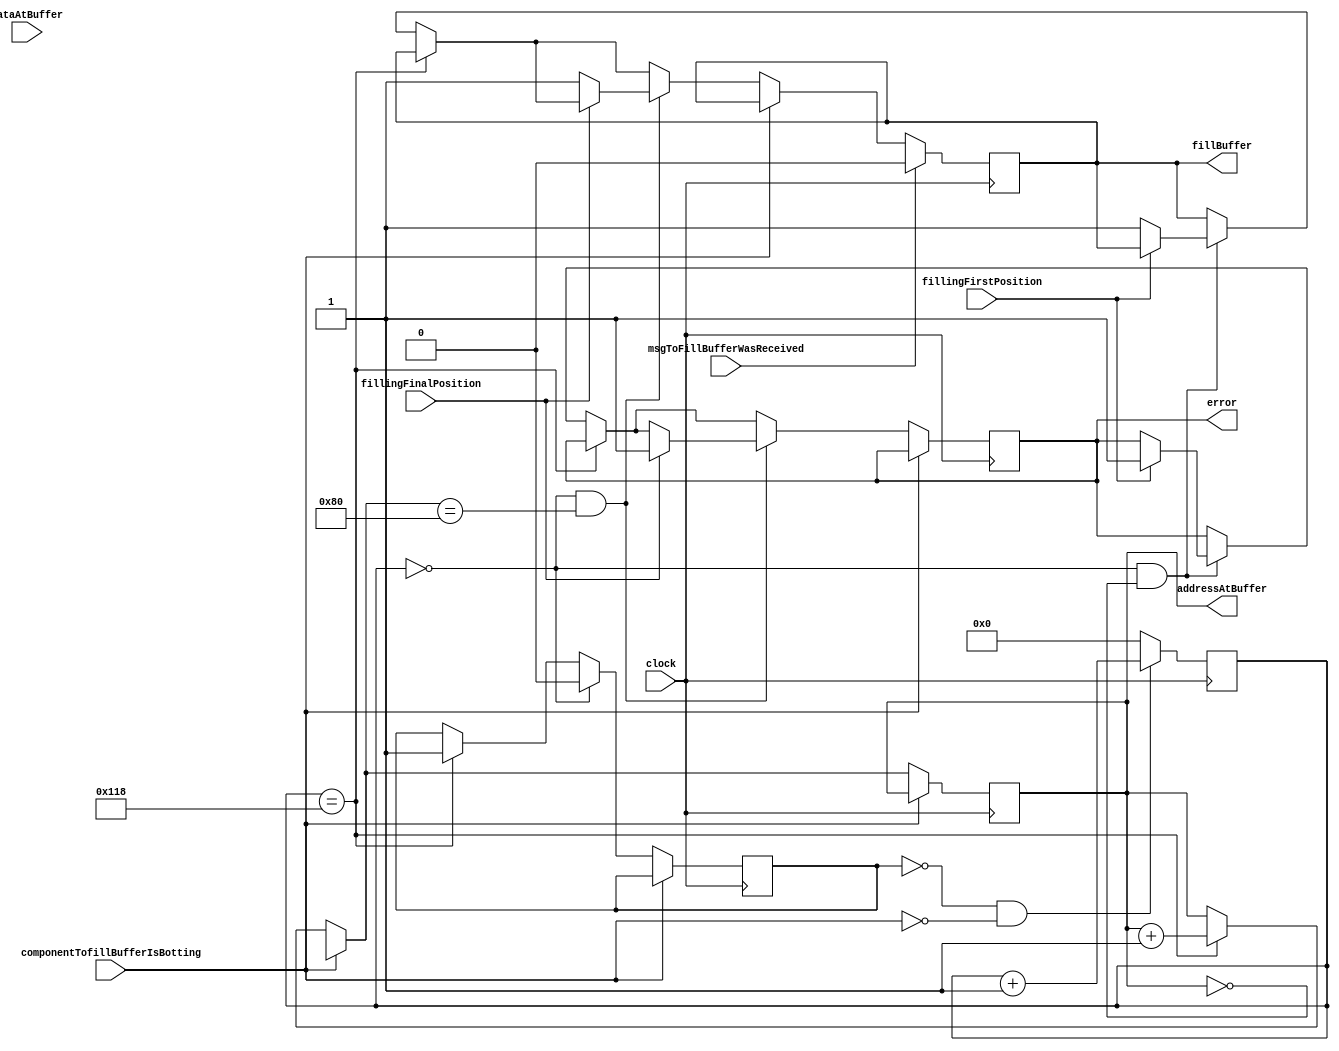
module processBuffer(clock,addressAtBuffer,dataAtBuffer,fillBuffer,fillingFirstPosition,fillingFinalPosition,msgToFillBufferWasReceived,componentTofillBufferIsBotting,error);
   input  wire clock;   
   output reg  [7:0]   addressAtBuffer=8'h00;
   input  wire [31:0]  dataAtBuffer;
   output reg          fillBuffer;
   input  wire         fillingFirstPosition;
   input  wire         fillingFinalPosition;
   input  wire         msgToFillBufferWasReceived;
   input  wire         componentTofillBufferIsBotting;
   output reg error;
   
 
   reg [15:0] count=16'h0000;
   reg eraseCount=1'b0;
   reg [31:0] intValue=32'h00000000;
   reg firstPass=1'b1;
   always @(posedge clock) begin 
      if(componentTofillBufferIsBotting==1'b0) begin
         /*if(count==16'h4264) begin
            eraseCount=1'b1;
            addressAtBuffer=addressAtBuffer+8'h01;
         end  */
         if(count==16'h0118) begin
            eraseCount=1'b1;
            addressAtBuffer=addressAtBuffer+8'h01;
         end
         else if(count==16'h0000 && addressAtBuffer==8'h00) begin
            if(fillingFirstPosition==1'b1) begin
               error=1'b1;                
            end
            else begin              
               fillBuffer=1'b1;               
            end
            
         end                 
         if(count==16'h0000 && addressAtBuffer==8'h80) begin
            if(fillingFinalPosition==1'b1) begin
               error=1'b1;   
            end 
            else begin                     
               fillBuffer=1'b1;
            end
         end
         if(count==16'h0000) begin
            eraseCount=1'b0;            
         end
      end
      if(msgToFillBufferWasReceived==1'b1) begin
         fillBuffer=1'b0;
      end
   end
   always @(negedge clock) begin
      if(eraseCount==1'b0 && componentTofillBufferIsBotting==1'b0) begin
         count<=count+16'h01;
      end
      else begin
         count<=16'h00;
      end
   end
endmodule